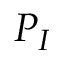
P _ { I }